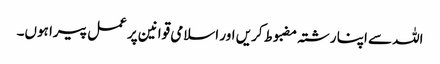
اللہ سے اپنا رشتہ مضبوط کریں اور اسلامی قوانین پر عمل پیرا ہوں۔